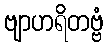
ဗျာဟရိတဗ္ဗံ